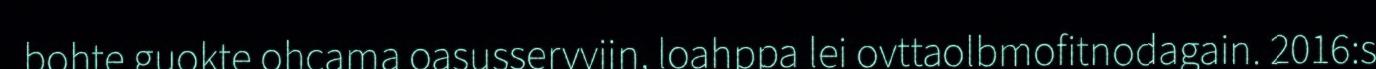
bohte guokte ohcama oasusservviin, loahppa lei ovttaolbmofitnodagain. 2016:s